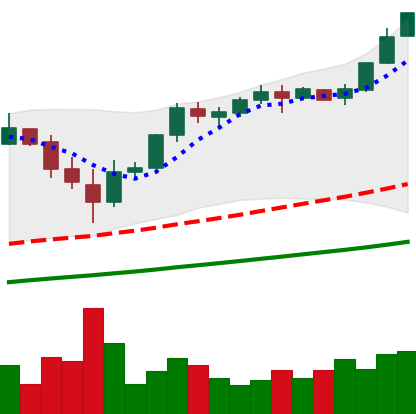
Ticker: BTC-USD
Chart end date: 2017-11-27
Forward return: 12.795%
Label: up_7plus